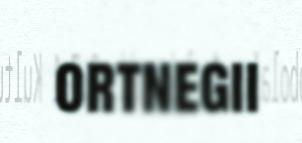
ortnegii